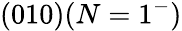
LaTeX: (010)(N=1^{-})